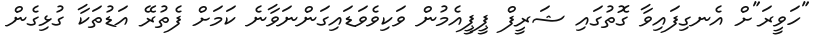
"ހަވީރަ"ށް އެނގިފައިވާ ގޮތުގައި ޝަރީފް ޕީޕީއެމުން ވަކިވެވަޑައިގަންނަވާނެ ކަމަށް ފެތުރޭ އަޑުތަކާ ގުޅިގެން